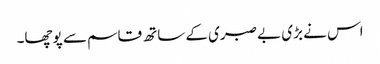
اس نے بڑی بے صبری کے ساتھ قاسم سے پوچھا۔